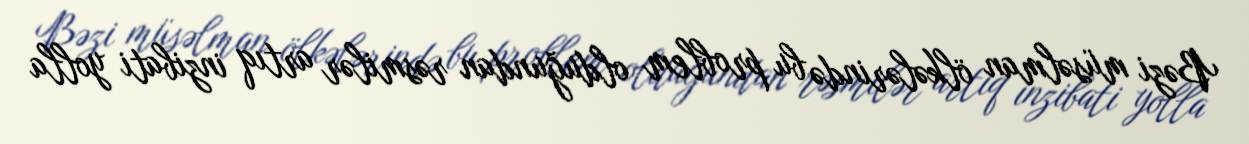
Bəzi müsəlman ölkələrində bu problem olduğundan rəsmilər artıq inzibati yolla